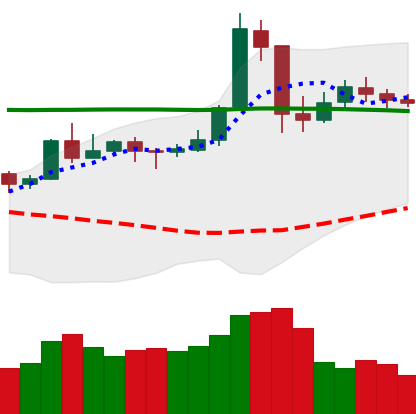
Ticker: NEO-USD
Chart end date: 2020-05-16
Forward return: -4.155%
Label: down_3_5